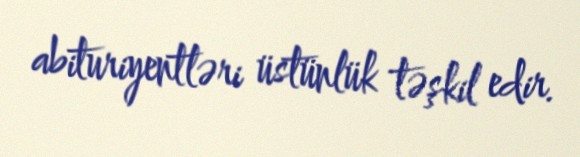
abituriyentləri üstünlük təşkil edir.